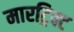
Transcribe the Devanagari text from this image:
मारट्रिक्ट